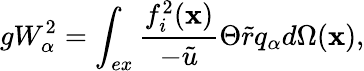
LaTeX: gW_{\alpha}^{2}=\int_{ex}\frac{f_{i}^{2}(\mathbf{x})}{-\tilde{u}}\Theta\tilde{r}q_{\alpha}d\Omega(\mathbf{x}),